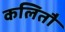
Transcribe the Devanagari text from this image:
कलितौ